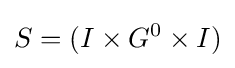
S=(I\times G^{0}\times I)